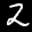
Label: 2